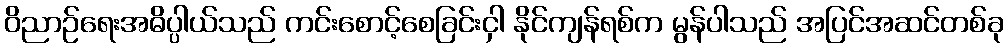
ဝိညာဉ်ရေးအဓိပ္ပါယ်သည် ကင်းစောင့်စေခြင်းငှါ နိုင်ကျန်ရစ်က မွန်ပါသည် အပြင်အဆင်တစ်ခု